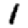
Digit: 1